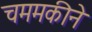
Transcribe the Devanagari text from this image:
चममकीने